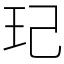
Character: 玘